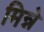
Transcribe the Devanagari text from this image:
मिन्ने